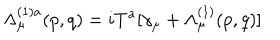
LaTeX: \Lambda _ { \mu } ^ { ( 1 ) a } ( p , q ) = i T ^ { a } [ \gamma _ { \mu } + \Lambda _ { \mu } ^ { ( 1 ) } ( p , q ) ]